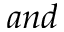
a n d